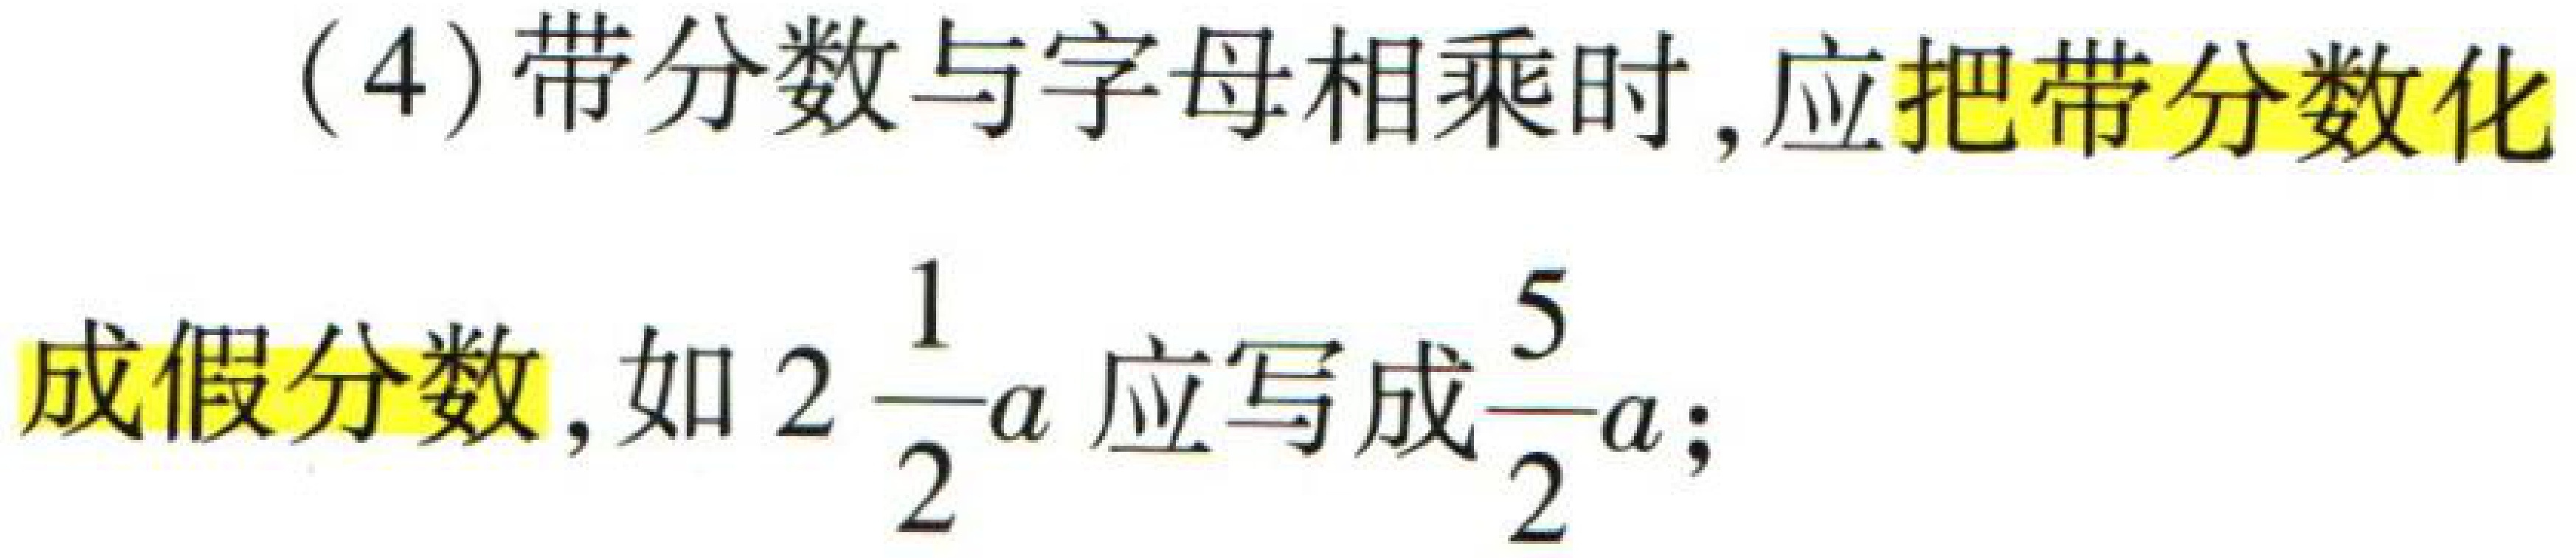
(4) 带分数与字母相乘时, 应把带分数化

成假分数, 如 \(2\frac{1}{2}a\) 应写成\(\frac{5}{2}a\);